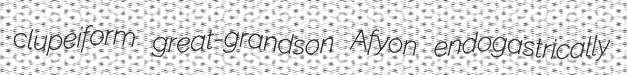
clupeiform great-grandson Afyon endogastrically